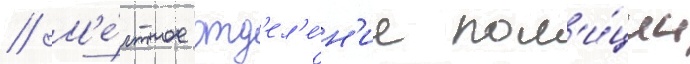
// М'е́стное отд'ел'е́н'ие пол'и́ции